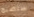
سنصبح